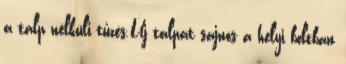
a talp nélküli tűzés.Új talpat sajnos a helyi boltban